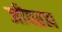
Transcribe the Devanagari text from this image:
जीवब्रह्म